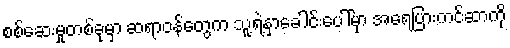
စစ်ဆေးမှုတစ်ခုမှာ ဆရာဝန်တွေက သူ့ရဲ့နှာခေါင်းပေါ်မှာ အရေပြားကင်ဆာကို